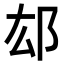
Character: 𨙿